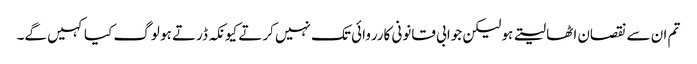
تم ان سے نقصان اٹھا لیتے ہو لیکن جوابی قانونی کارروائی تک نہیں کرتے کیونکہ ڈرتے ہو لوگ کیا کہیں گے۔